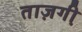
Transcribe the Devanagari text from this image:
ताज़गी़